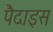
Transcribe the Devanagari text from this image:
पैदाइस